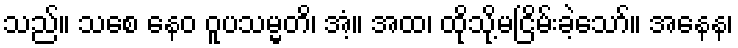
သည်။ သစေ နေဝ ဝူပသမ္မတိ၊ အံ့။ အထ၊ ထိုသို့မငြိမ်းခဲ့သော်။ အနေန၊